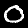
Digit: 0